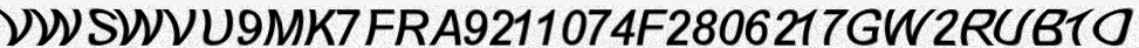
VWSWVU9MK7FRA9211074F2806217GW2RUB1O